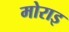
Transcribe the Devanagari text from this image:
मोराइ